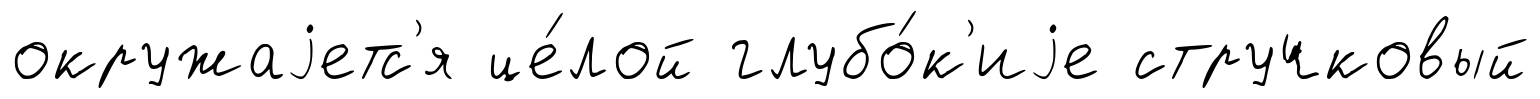
окружаjетс'я це́лой глубо́к'иjе стручковый